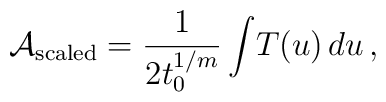
{\cal A}_{\rm scaled} = {1\over 2t_{0}^{1/m}}\int\! T(u)\, du\, ,